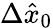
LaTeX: \Delta\hat{x}_{0}